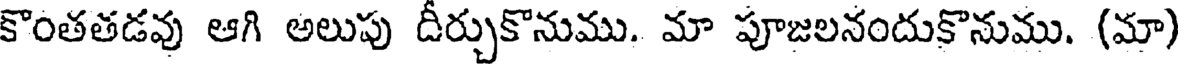
కొంతతడవు ఆగి అలుపు దీర్చుకొనుము. మా పూజలనందుకొనుము. (మా)